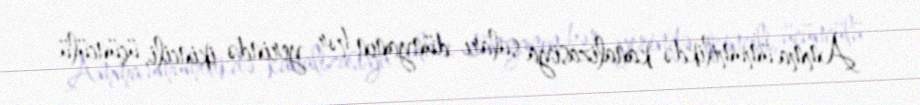
Amma ümumilikdə kanalizasiya suları dünyanın hər yerində ikincili, üçüncülü